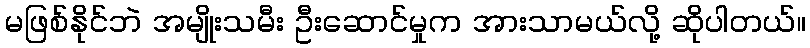
မဖြစ်နိုင်ဘဲ အမျိုးသမီး ဦးဆောင်မှုက အားသာမယ်လို့ ဆိုပါတယ်။